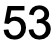
53